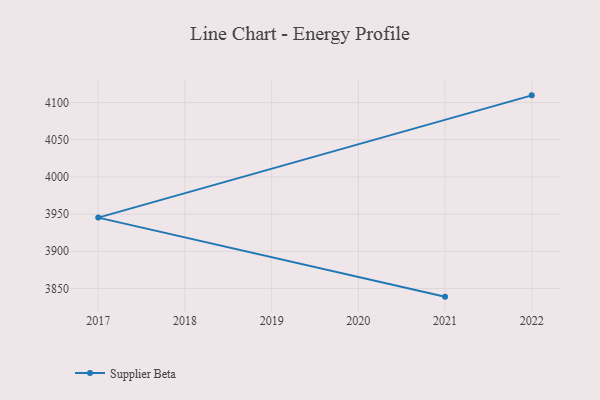
{"axis": {"x": "Year", "y": "Population (Million)"}, "legend": ["Supplier Beta"], "data": [{"x": "2021", "y": 3839.0, "type": "Supplier Beta"}, {"x": "2017", "y": 3945.3, "type": "Supplier Beta"}, {"x": "2022", "y": 4109.7, "type": "Supplier Beta"}]}